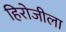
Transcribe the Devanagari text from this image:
हिरोजीला